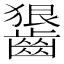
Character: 𪙈